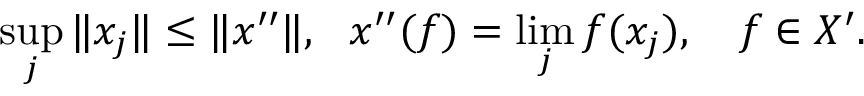
\operatorname* { s u p } _ { j } \| x _ { j } \| \leq \| x ^ { \prime \prime } \| , \ \ x ^ { \prime \prime } ( f ) = \operatorname* { l i m } _ { j } f ( x _ { j } ) , \quad f \in X ^ { \prime } .